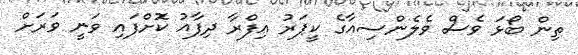
ތިން ބޯޅަ ވެސް ވެލެންސިއާގެ ކީޕަރު އިފްރާ ދިފާއު ކޮށްފައި ވަނީ ވަރަށް